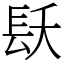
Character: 镺